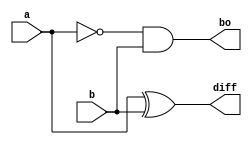
`timescale 1ns / 1ps


module half_sub(a,b,diff,bo);
input a,b;
output diff,bo;
assign diff=a^b;
assign bo= ~a&b;
endmodule